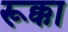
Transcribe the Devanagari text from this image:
रूक्का